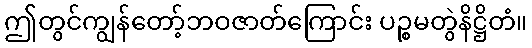
ဤတွင်ကျွန်တော့်ဘဝဇာတ်ကြောင်း ပဉ္စမတွဲနိဋ္ဌိတံ။